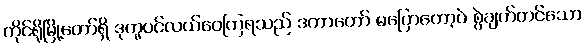
ကိုင်ရိုမြို့တော်ရှိ ဒုက္ခပင်လယ်ဝေကြရသည် ဒကာတော် မပြောတော့ပဲ စွဲချက်တင်သော